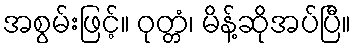
အစွမ်းဖြင့်။ ဝုတ္တံ၊ မိန့်ဆိုအပ်ပြီ။